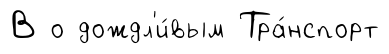
В о дождл'и́вым Тра́нспорт